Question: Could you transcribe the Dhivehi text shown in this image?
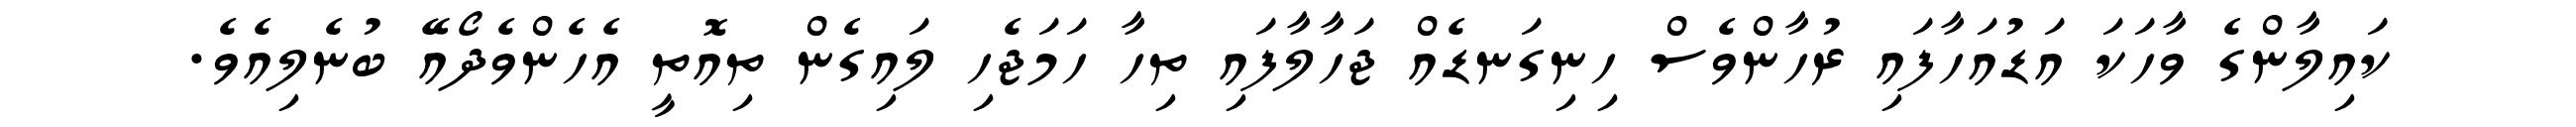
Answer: ކައިލާންގެ ވާހަކަ އަޑުއަހާފައި ރުހާންވެސް ހިނިގަނޑެއް ޖަހާލާފައި ތިހާ ހަމަޖެހި ލައިގެން ތިއޮތީ އެހެންވެދޯއޭ ބުނެލިއެވެ.